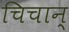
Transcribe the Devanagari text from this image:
चिचान्